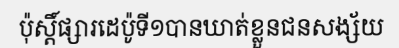
ប៉ុស្តិ៍ផ្សារដេប៉ូទី១បានឃាត់ខ្លួនជនសង្ស័យ